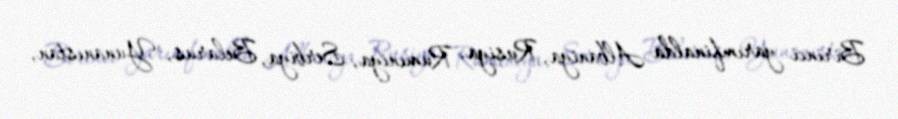
Birinci yarımfinalda Albaniya, Rusiya, Rumıniya, Serbiya, Belarus, Yunanıstan,